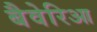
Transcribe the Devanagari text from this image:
बैवेरिआ